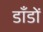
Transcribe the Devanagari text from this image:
डाँडों